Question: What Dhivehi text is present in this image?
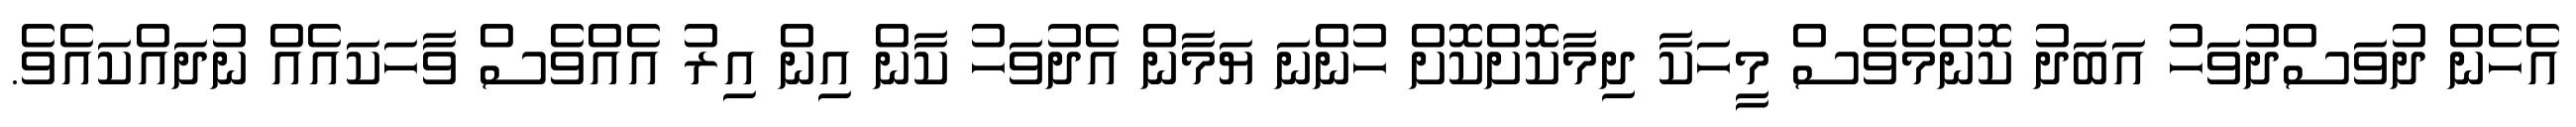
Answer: އެހެން ދުވަސްދުވަހު އަބަދު ކޮންމެވެސް މީހަކާ ދިމާކޮށްކޮށް ހުންނަ ޔަމާން އެދުވަހު ކާން އިން އިރު އެއްވެސް ވާހަކައެއް ނުދައްކައެވެ.